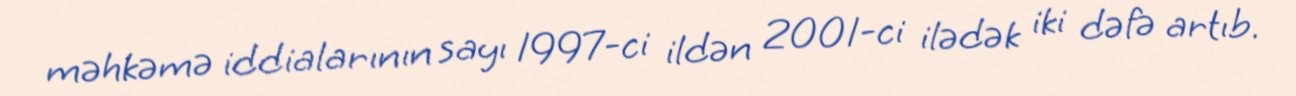
məhkəmə iddialarının sayı 1997-ci ildən 2001-ci ilədək iki dəfə artıb.